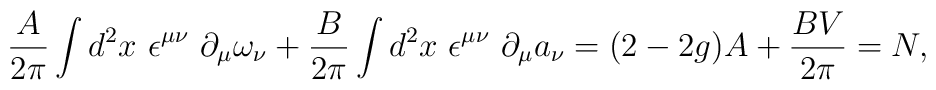
\frac{A}{2\pi}\int d^2x~ \epsilon^{\mu\nu}~\partial_{\mu}\omega_{\nu}+\frac{B}{2\pi}\int d^2x~ \epsilon^{\mu\nu}~\partial_{\mu}a_{\nu}=(2-2 g) A+ \frac{B V}{2\pi}=N,